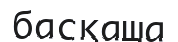
басқаша